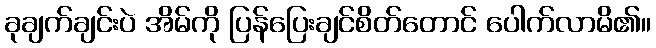
ခုချက်ချင်းပဲ အိမ်ကို ပြန်ပြေးချင်စိတ်တောင် ပေါက်လာမိ၏။